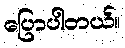
ပြောပါတယ်။